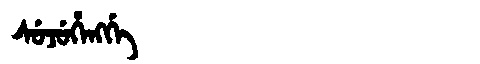
Manchu: ᠰᡠᠵᡠᡥᡝᠩᡤᡝ
Romanization: SUJUHENGGE